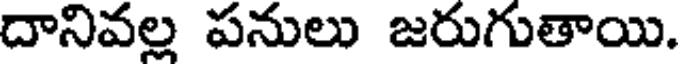
దానివల్ల పనులు జరుగుతాయి.